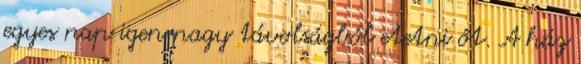
egyes nap igen nagy távolságból etetni őt. A ház